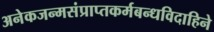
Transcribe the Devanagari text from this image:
अनेकजन्मसंप्राप्तकर्मबन्धविदाहिने